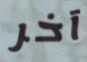
آخر